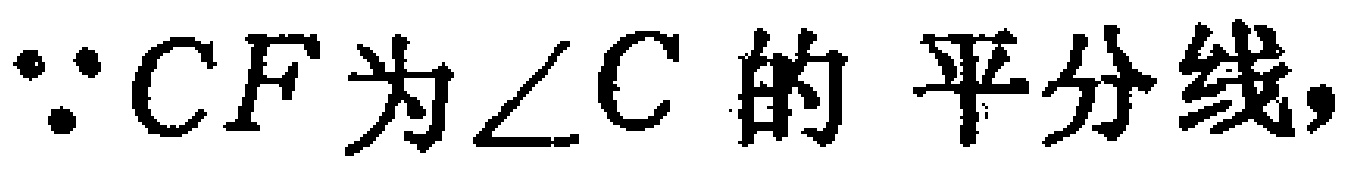
$\because CF为\angle C的平分线,$